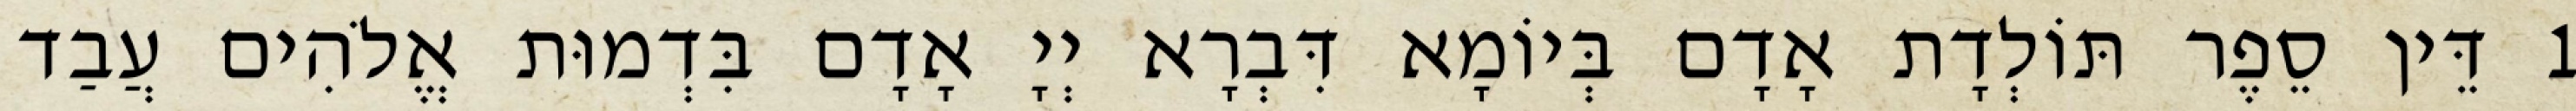
1 דֵּין סֵפֶר תּוֹלְדָת אָדָם בְּיוֹמָא דִּבְרָא יְיָ אָדָם בִּדְמוּת אֱלֹהִים עֲבַד